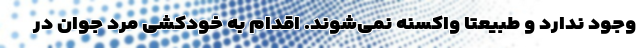
وجود ندارد و طبیعتا واکسنه نمی‌شوند. اقدام به خودکشی مرد جوان در